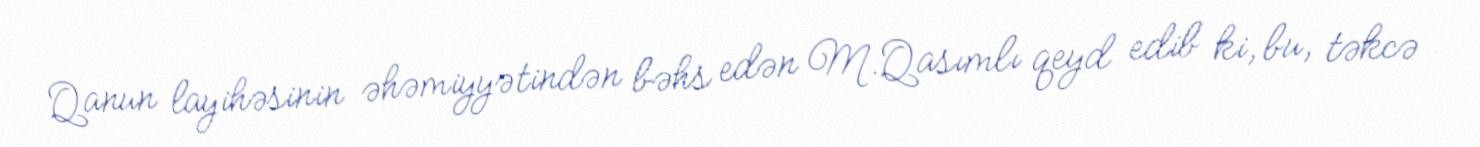
Qanun layihəsinin əhəmiyyətindən bəhs edən M.Qasımlı qeyd edib ki, bu, təkcə